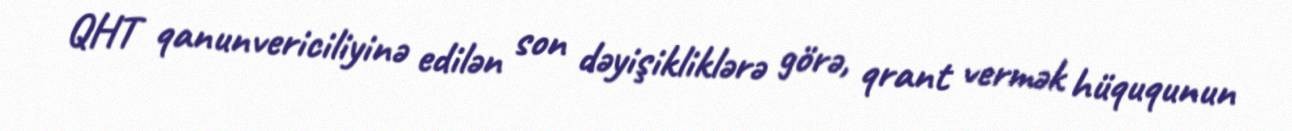
QHT qanunvericiliyinə edilən son dəyişikliklərə görə, qrant vermək hüququnun